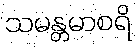
သမန္တမာစရိ